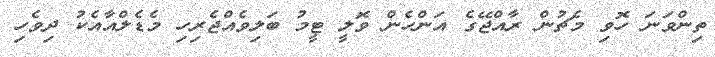
ތިންވަނަ ހޮވި މެޗުން ރާއްޖޭގެ އަންހެން ވޮލީ ޓީމު ބަލިވެއްޖެރިހި މެޑެލްއާއެކު ދިވެހި